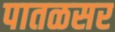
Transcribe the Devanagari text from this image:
पातळसर